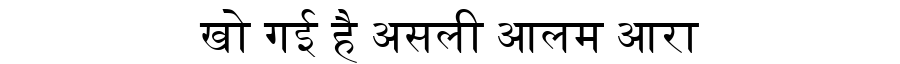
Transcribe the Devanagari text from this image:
खो गई है असली आलम आरा